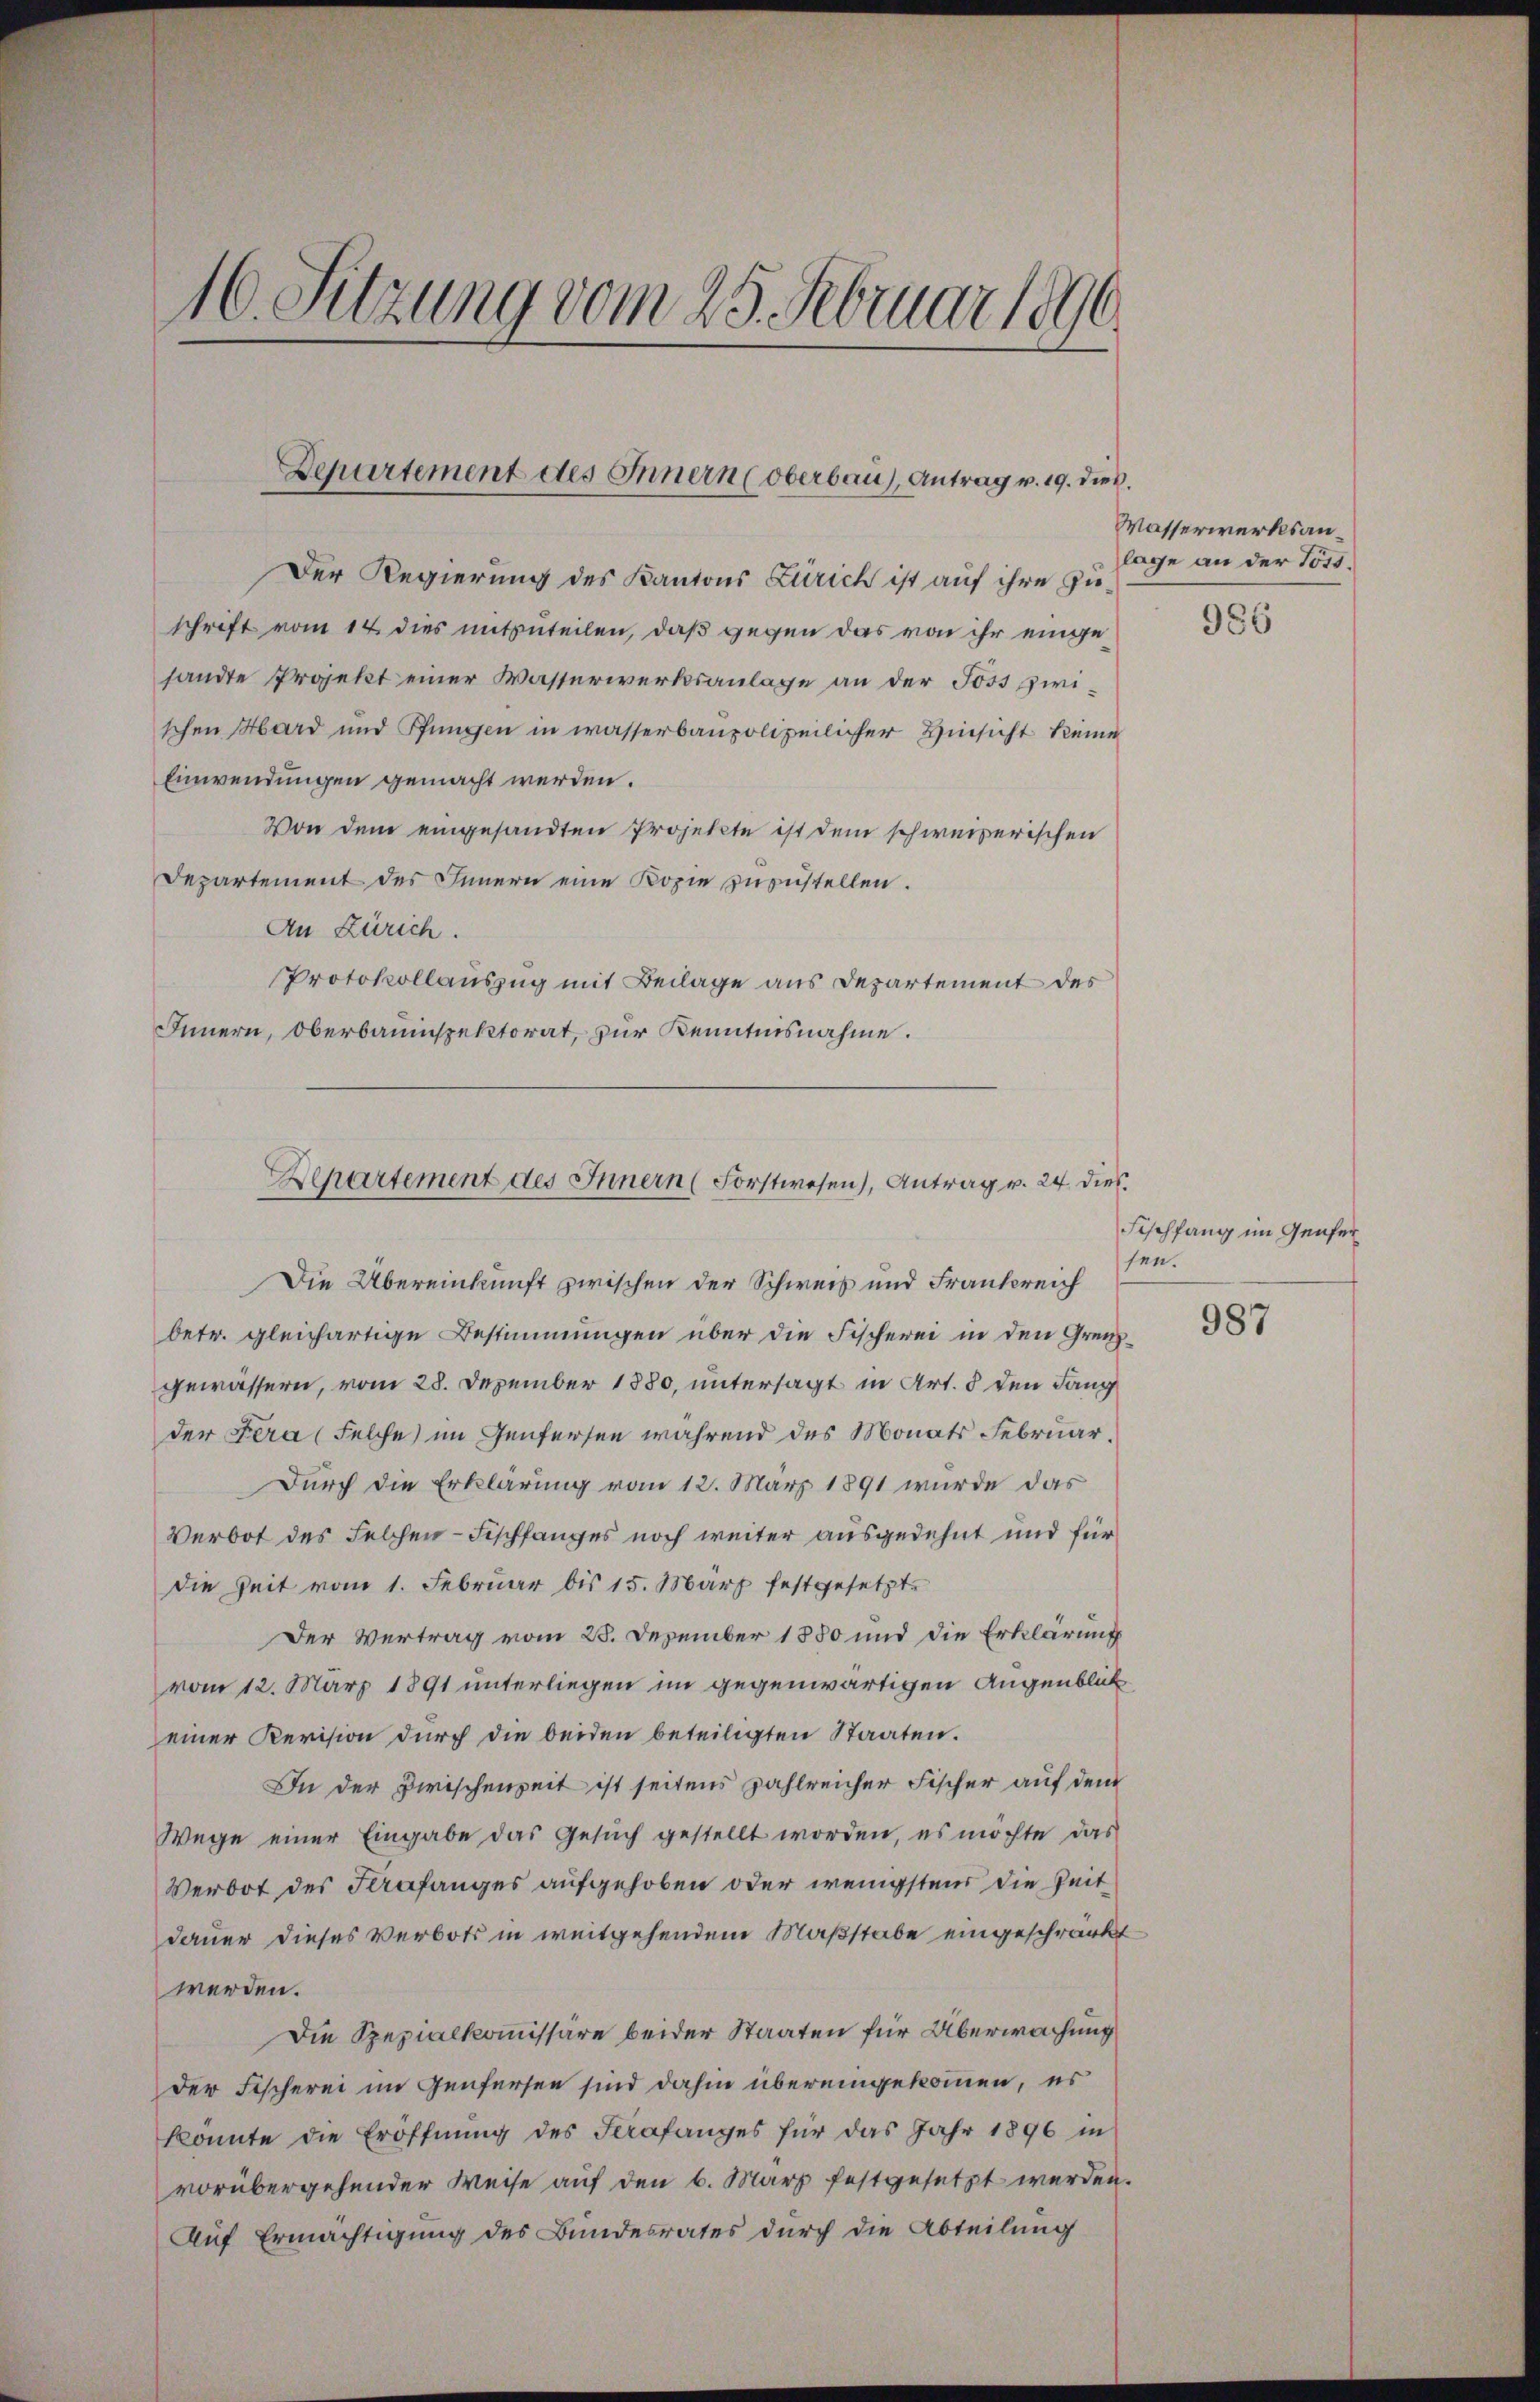
16. Sitzung vom 25. Februar 1890.

Departement des Innern (Oberbau), Antrag v. 19. dies

Departement des Innern (Forstwesen), Antrag v. 24. dies

Der Regierung des Kantons Zürich ist auf ihre Zuschrift vom 14. dies mitzuteilen, daß gegen das von ihr eingesandte Projekt einer Wasserwerksanlage an der Joss zwischen Hard und Pfungen in wasserbaupolizeilicher Hinsicht keine
Einwendungen gemacht werden.
Von dem eingesandten Projekte ist dem schweizerischen
Departement des Innern eine Kopie zuzustellen.
An Zürich.
Protokollauszug mit Beilage aus Departement des
Innern, Oberbauinspektorat, zur Kenntnisnahme.

Die Übereinkunft zwischen der Schweiß und Frankreich
betr. gleichartige Bestimmungen über die Fischerei in den Grenzgewässern, vom 28. Dezember 1880, untersagt in Art. 8 den Lang
der Fera (Felche im Genfersen während des Monats Februar¬
Durch die Erklärung vom 12. März 1891 wurde das
Verbot des Felchen- Fischfanges noch weiter ausgedehnt und für
die Zeit vom 1. Februar bis 15. März festgesetzt.
Der Vertrag vom 28. Dezember 1880 und die Erklärung
vom 12. März 1891 unterliegen im gegenwärtigen Augenblickeiner Revision durch die beiden beteiligten Staaten.
In der Zwischenzeit ist seitens zahlreicher Fischer auf dem
Wege einer Eingabe das Gesuch gestellt worden, es möchte das
Verbot des Strafanges aufgehoben oder wenigstens die Zeit
dauer dieses Verbots in weitgehendem Maßstabe eingeschränkt
werden.
Die Spezialkommissäre beider Staaten für Überwachung
der Fischerei im Genfersen sind dahin übereingekommen, es
konnte die Eröffnŭng des Strafanges für das Jahr 1896 in
vorübergehender Weise auf den 6. März festgesetzt werden.
Auf Ermächtigung des Bundesrates durch die Abteilung

Wasserwerksanlage an der Töss.

986

Fischfang im Genfer
fen.

987